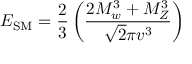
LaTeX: E _ { \mathrm { S M } } = \frac { 2 } { 3 } \left( \frac { 2 M _ { w } ^ { 3 } + M _ { Z } ^ { 3 } } { \sqrt { 2 } \pi v ^ { 3 } } \right)